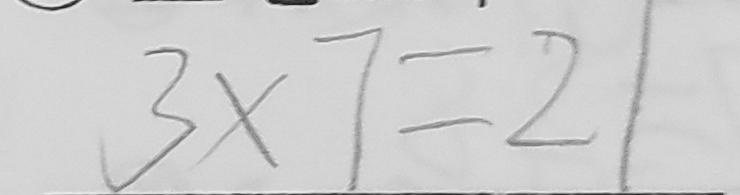
3 \times 7 = 2 1